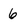
Character: 6